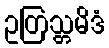
ဥတြသ္တမိဒံ